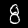
Digit: 8